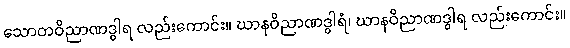
သောတဝိညာဏဒွါရ လည်းကောင်း။ ဃာနဝိညာဏဒွါရံ၊ ဃာနဝိညာဏဒွါရ လည်းကောင်း။